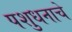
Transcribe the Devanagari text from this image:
पशुधनाचे